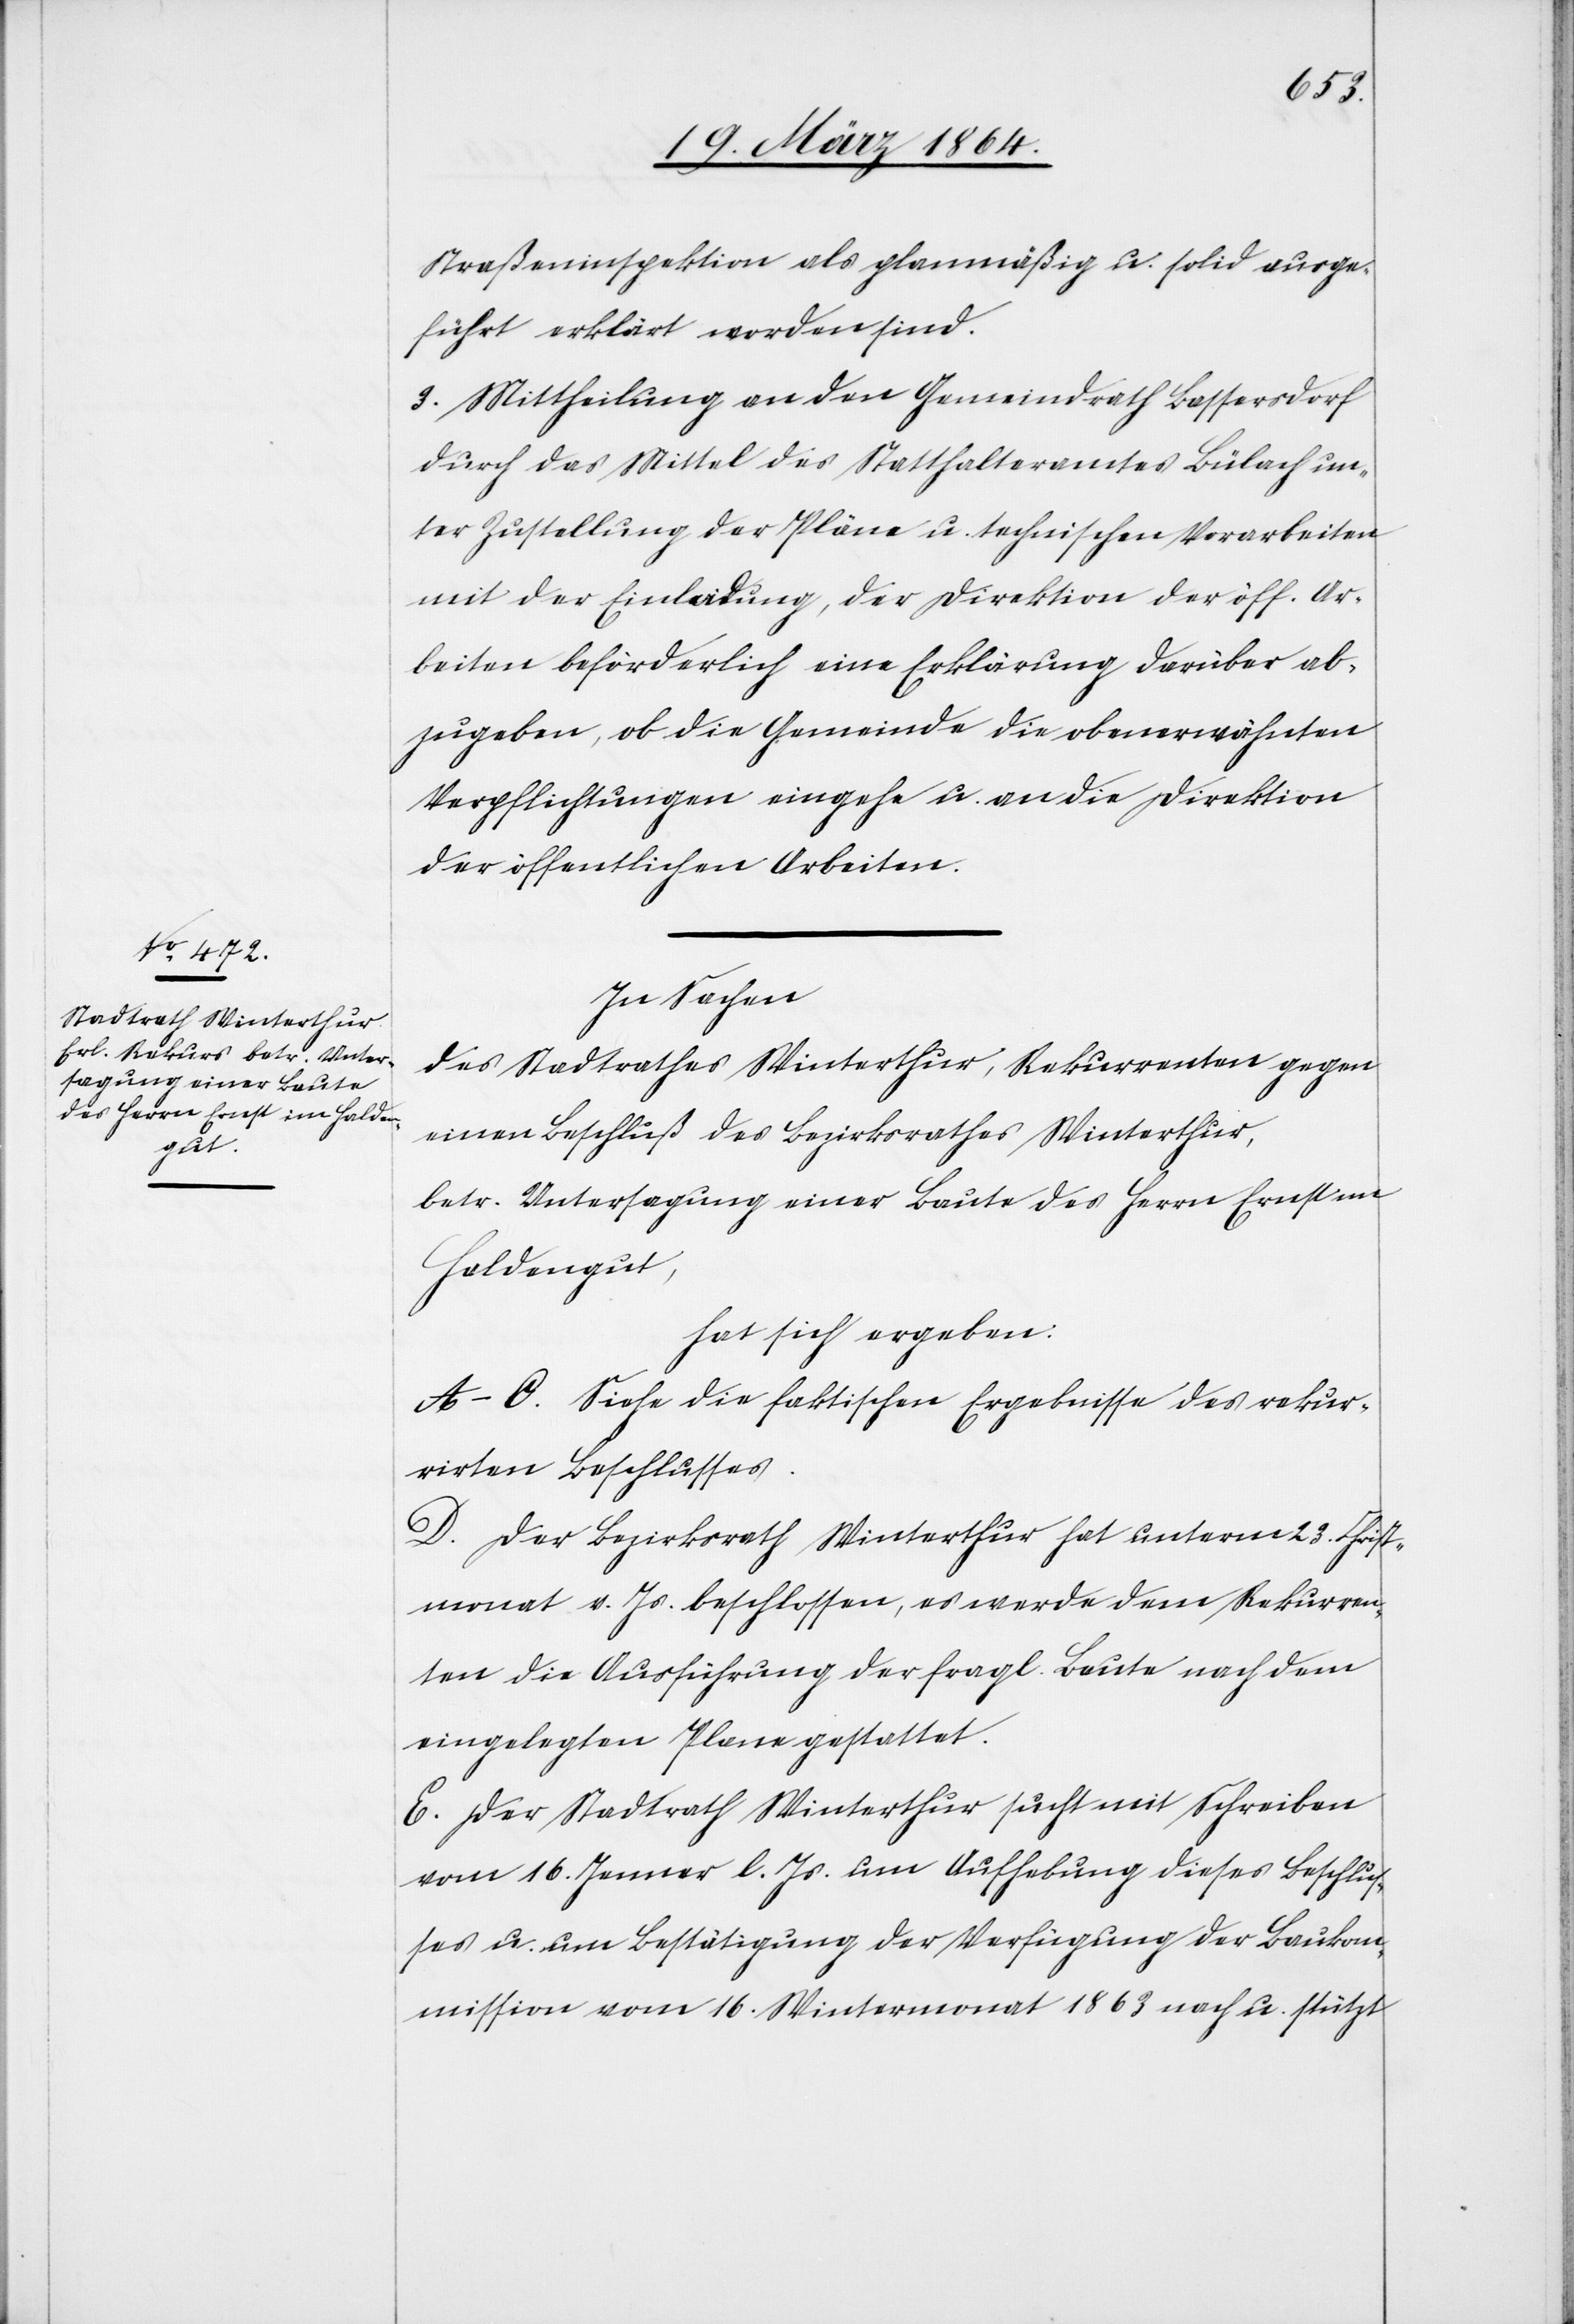
Straßeninspektion als planmäßig u. solid ausge¬
führt erklärt worden sind.
3. Mittheilung an den Gemeindrath Bassersdorf
durch das Mittel des Statthalteramtes Bülach un¬
ter Zustellung der Pläne u. technischen Vorarbeiten
mit der Einladung, der Direktion der öff. Ar¬
beiten beförderlich eine Erklärung darüber ab¬
zugeben, ob die Gemeinde die obenerwähnten
Verpflichtungen eingehe u. an die Direktion
der öffentlichen Arbeiten.
In Sachen
des Stadtrathes Winterthur, Rekurrenten gegen
einen Beschluß des Bezirksrathes Winterthur,
betr. Untersagung einer Baute des Herrn Ernst im
Haldengut,
hat sich ergeben:
A.–C. Siehe die faktischen Ergebnisse des rekur¬
rirten Beschlusses.
D. Der Bezirksrath Winterthur hat unterm 23. Christ¬
monat v. Js. beschlossen, es werde dem Rekurren¬
ten die Ausführung der fragl. Baute nach dem
eingelegten Plane gestattet.
E. Der Stadtrath Winterthur sucht mit Schreiben
vom 16. Jenner l. Js. um Aufhebung dieses Beschlus¬
ses u. um Bestätigung der Verfügung der Baukom¬
mission vom 16. Wintermonat 1863 nach u. stützt